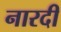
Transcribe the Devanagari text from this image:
नारदी